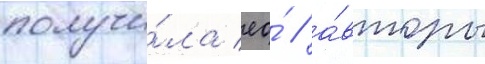
получи́ла ео́ / а́вторы